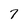
Character: 7